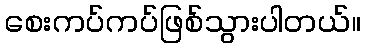
စေးကပ်ကပ်ဖြစ်သွားပါတယ်။